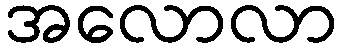
အလောလာ